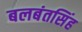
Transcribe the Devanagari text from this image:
बलबंतसिंह